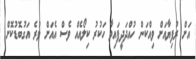
އަށް ރުފިޔާއަށް ވިއްކަން ހުއްދަދީފައިވާ ހަކުރު ކިލޯއެއް ވެސް އެއަށް ވުރެ އަގުބޮޑުކޮށް